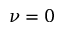
\nu = 0